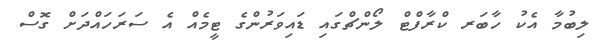
ލިބުމާ އެކު ހާބަރ ކްރާފްޓް ލޯންޗްގައި ޑައިވަރުންގެ ޓީމެއް އެ ސަރަހައްދަށް ގޮސް